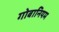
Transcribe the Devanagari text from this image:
गोबानियम